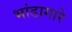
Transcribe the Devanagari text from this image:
भांडागारे